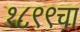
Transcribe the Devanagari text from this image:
१८९९चा